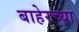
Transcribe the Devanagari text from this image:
बाहेरच्‍या